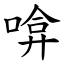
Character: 啽